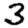
Digit: 3